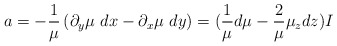
\begin{align*}a=-\frac{1}{\mu}\left(\partial_y\mu\ dx-\partial_x\mu\ dy\right)=(\frac{1}{\mu}d\mu-\frac{2}{\mu}\mu_zdz)I\end{align*}